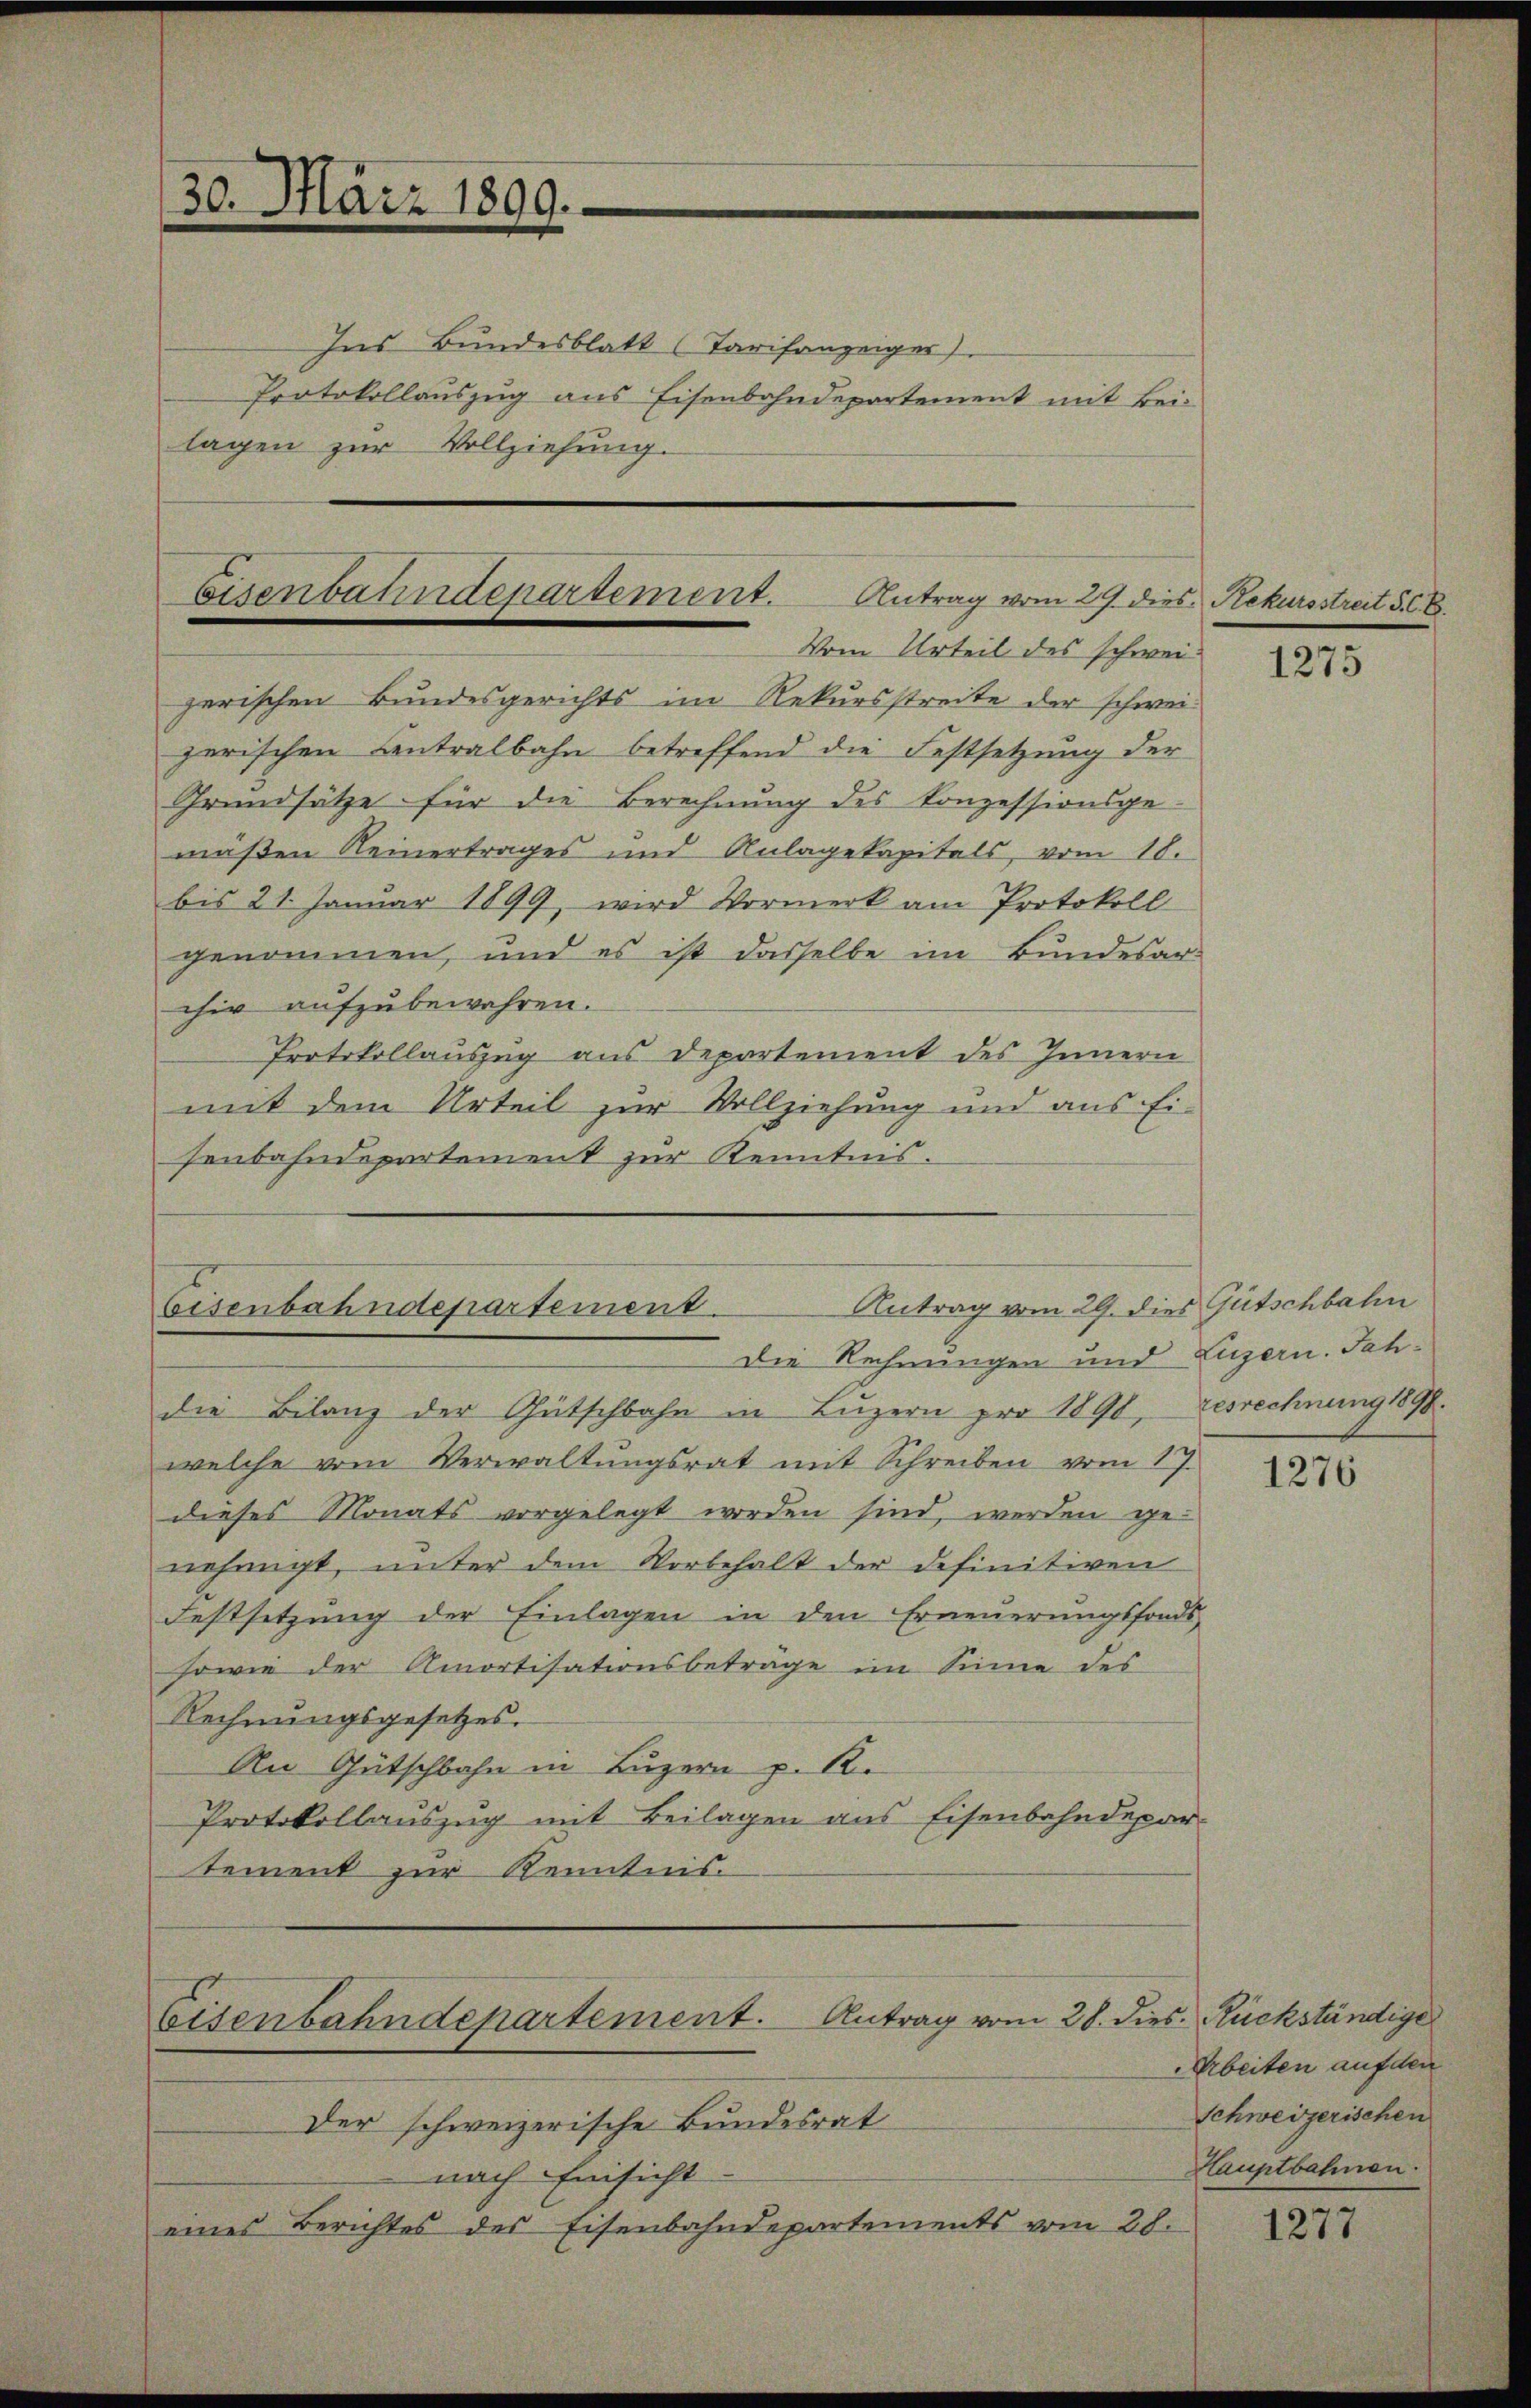
30. März 1899.

Eisenbatendepartement. Antrag vom 29. dies Rekursstreit 568.
Vom Urteil des schwei

Ins Bundesblatt (Tarifanzeiger)
Protokollauszug aus Eisenbahndepartement mit Bei-
lagen zur Vollziehung.

zerischen Bundesgerichts im Rekursstreite der schweizerischen Centralbahn betreffend die Festsetzung der
Grundsätze für die Berechnung des Conzessionsge-
müßen Reinertrages und Anlagekapitals, vom 18.
bis 21. Januar 1899, wird Vormerk am Protokoll
genommen, und es ist dasselbe im Bundesarchir aufzubewahren.
Protokollauszug aus Departement des Innern
mit dem Urteil zur Vollziehung und aus Ei-
senbahndepartement zur Kenntnis.

Antrag vom 29. dies Gutschbahn
bisenbahndepartement.
Die Rechnungen und Luzern. Jah¬

Eisenbahndepartement. Antrag vom 28. dies. Rückständige
Der schweizerische Bundesrat

nach Einsicht
eines Berichtes des Eisenbahndepartements vom 28.

die Bilanz der Gutschbahn in Luzern pro 1890,
welche vom Verwaltungsrat mit Schreiben vom 17.
dieses Monats vorgelegt worden sind, werden ge-
nehmigt, unter dem Vorbehalt der definitiven
Festsetzung der Einlagen in den Erneuerungsfonds
sowie der Amortisationsbeträge im Sinne des
Rechnŭngsgesetzes.
An Gütschbahn in Luzern p. R.
Protokollauszug mit Beilagen aus Eisenbahndepar-
tement zur Kenntnis.

resrechnung 1898.

Arbeiten auf den
Schweizerischen
Hauptbahnen.

1275

1276

1277